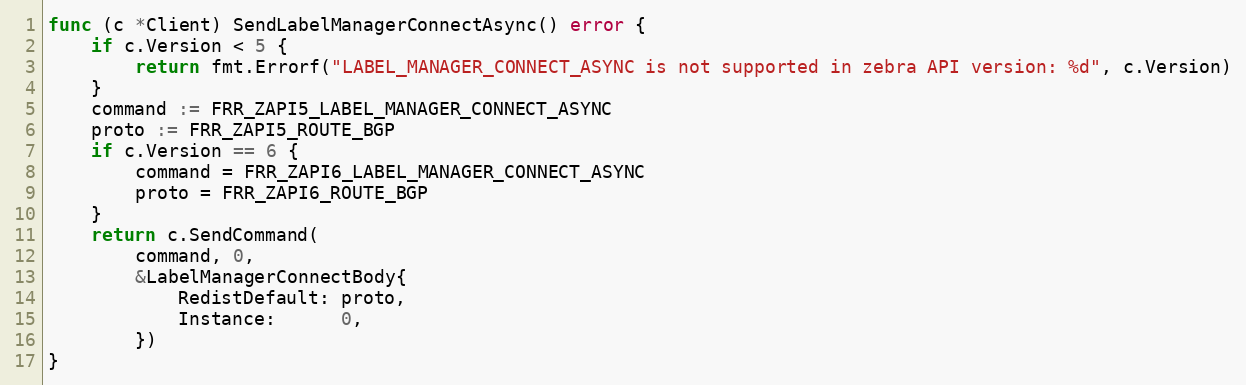
Language: Go
func (c *Client) SendLabelManagerConnectAsync() error {
	if c.Version < 5 {
		return fmt.Errorf("LABEL_MANAGER_CONNECT_ASYNC is not supported in zebra API version: %d", c.Version)
	}
	command := FRR_ZAPI5_LABEL_MANAGER_CONNECT_ASYNC
	proto := FRR_ZAPI5_ROUTE_BGP
	if c.Version == 6 {
		command = FRR_ZAPI6_LABEL_MANAGER_CONNECT_ASYNC
		proto = FRR_ZAPI6_ROUTE_BGP
	}
	return c.SendCommand(
		command, 0,
		&LabelManagerConnectBody{
			RedistDefault: proto,
			Instance:      0,
		})
}